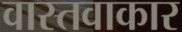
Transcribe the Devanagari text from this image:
वास्तवाकार